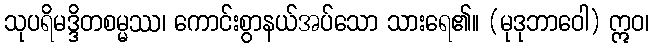
သုပရိမဒ္ဒိတစမ္မဿ၊ ကောင်းစွာနယ်အပ်သော သားရေ၏။ (မုဒုဘာဝေါ) ဣဝ၊